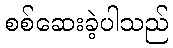
စစ်ဆေးခဲ့ပါသည်